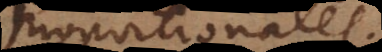
proportionales.